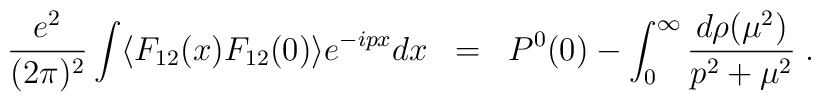
\frac{e^2}{(2\pi)^2}\int \langle F_{12}(x) F_{12}(0) \rangle e^{-ipx}dx \; \;  =  \; \; P^0(0) - \int_0^\infty \frac{d\rho(\mu^2)}{p^2 + \mu^2} \; .